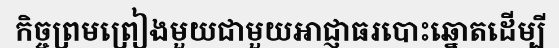
កិច្ចព្រមព្រៀងមួយជាមួយអាជ្ញាធរបោះឆ្នោតដើម្បី